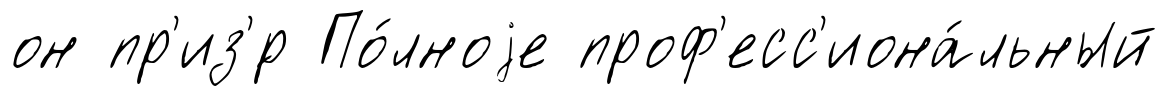
он пр'из'́р По́лноjе проф'есс'иона́льный